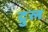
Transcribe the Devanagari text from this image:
द्रुल